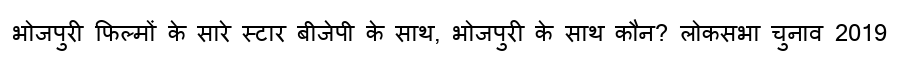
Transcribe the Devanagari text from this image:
भोजपुरी फिल्मों के सारे स्टार बीजेपी के साथ, भोजपुरी के साथ कौन? लोकसभा चुनाव 2019